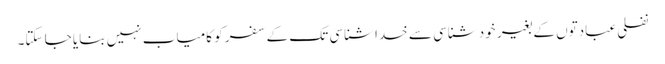
نفلی عبادتوں کے بغیر خود شناسی سے خدا شناسی تک کے سفر کو کامیاب نہیں بنایا جا سکتا۔